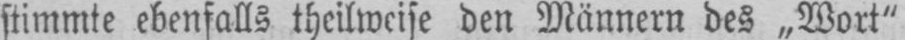
stimmte ebenfalls theilweise den Männern des „Wort“